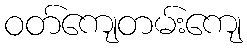
ဝတ်ကျေတမ်းကျေ